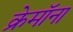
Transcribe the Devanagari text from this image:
क्रेमॉना